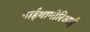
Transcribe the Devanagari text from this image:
पाईथागोरिआई